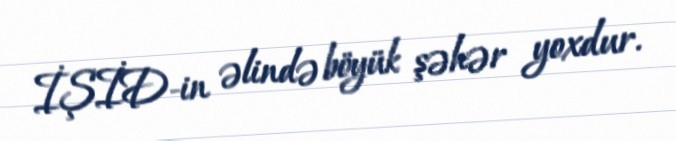
İŞİD-in əlində böyük şəhər yoxdur.